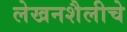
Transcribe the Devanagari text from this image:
लेखनशैलीचे